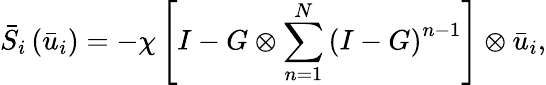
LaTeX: {{\bar{S}}_{i}}\left({{{\bar{u}}_{i}}}\right)=-\chi\left[{I-G\otimes\sum_{n=1}^{N}{{{(I-G)}^{n-1}}}}\right]\otimes{{\bar{u}}_{i}},